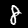
Digit: 8